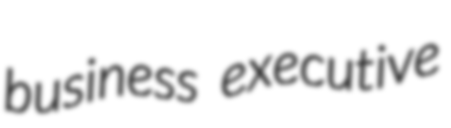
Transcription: business executive